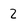
Character: Z